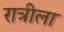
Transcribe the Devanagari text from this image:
रात्रीला